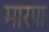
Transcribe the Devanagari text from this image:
मारपा